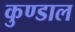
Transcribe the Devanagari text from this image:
कुण्डाल